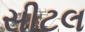
સીટલ